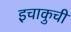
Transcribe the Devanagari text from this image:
इचाकुची